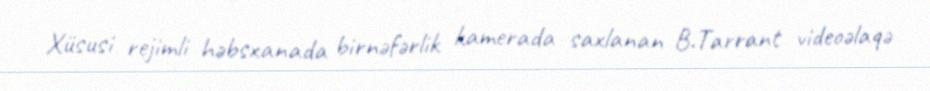
Xüsusi rejimli həbsxanada birnəfərlik kamerada saxlanan B.Tarrant videoəlaqə